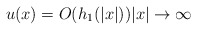
\begin{align*} u(x)=O(h_1 (|x|))|x|\to\infty\end{align*}